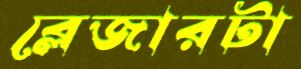
ব্লেজারটা